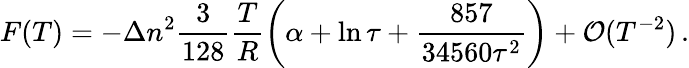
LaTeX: F(T)=-\Delta n^{2}\frac{3}{128}\frac{T}{R}\left(\alpha+\ln\tau+\frac{857}{34560\tau^{2}}\right)+{\cal O}(T^{-2})\, {.}